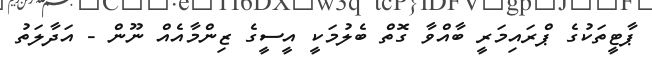
ޕާޓީތަކުގެ ޕްރައިމަރީ ބާއްވާ ގޮތް ބެލުމަކީ އީސީގެ ޒިންމާއެއް ނޫން - އަދާލަތު